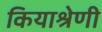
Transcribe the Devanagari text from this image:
कियाश्रेणी